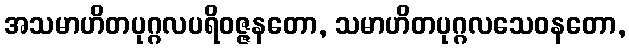
အသမာဟိတပုဂ္ဂလပရိဝဇ္ဇနတော, သမာဟိတပုဂ္ဂလသေဝနတော,